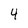
Character: 4